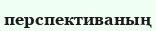
перспективаның